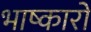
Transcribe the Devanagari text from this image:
भाष्कारों